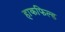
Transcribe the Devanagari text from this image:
हाकफिल्ड